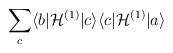
LaTeX: \begin{align*}\hspace{-9.8cm}\sum_c\langle b|{\cal H}^{(1)}|c\rangle\langle c|{\cal H}^{(1)}|a\rangle\end{align*}